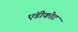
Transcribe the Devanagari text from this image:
एंडीकोट